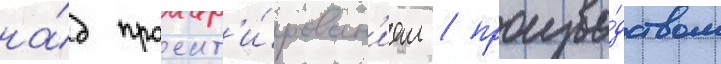
на́д проект'и́рован'ием / произво́дством